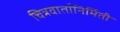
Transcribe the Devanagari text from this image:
चित्रवार्तानिर्मिती